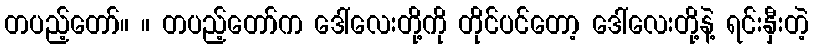
တပည့်တော်။ ။ တပည့်တော်က ဒေါ်လေးတို့ကို တိုင်ပင်တော့ ဒေါ်လေးတို့နဲ့ ရင်းနှီးတဲ့